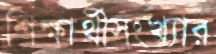
শিক্ষার্থীসংখ্যার